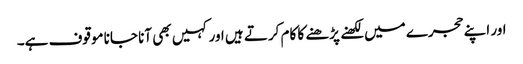
اور اپنے حجرے میں لکھنے پڑھنے کا کام کرتے ہیں اور کہیں بھی آنا جانا موقوف ہے۔